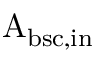
\mathrm { A _ { b s c , i n } }